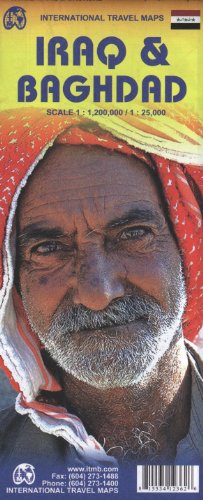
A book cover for Iraq 1:2M & Baghdad 1:25,000 Travel Map (International Travel Maps); ITM Canada; Travel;